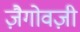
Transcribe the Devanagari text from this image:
ज़ैगोवज़ी